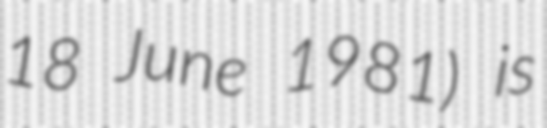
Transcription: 18 June 1981) is